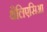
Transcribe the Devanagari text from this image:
थैलिएसिआ